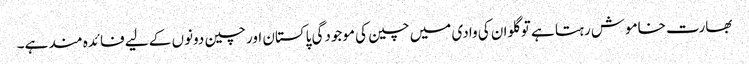
بھارت خاموش رہتا ہے تو گلوان کی وادی میں چین کی موجودگی پاکستان اور چین دونوں کے لیے فائدہ مند ہے۔